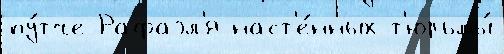
пу́тче Рафаэл'я наст'е́нных т'юрьмы́